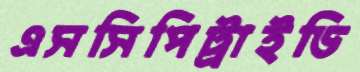
এসসিপিট্রাইডি